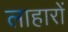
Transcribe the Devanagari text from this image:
लाहारों